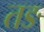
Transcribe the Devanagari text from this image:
तङ